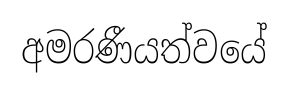
අමරණීයත්වයේ